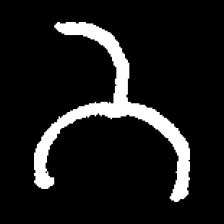
Pyu character \u2014 Myanmar letter: ဘ (romanized: bha)